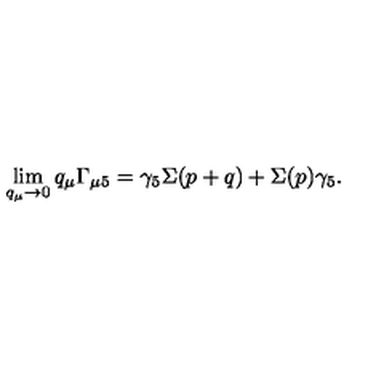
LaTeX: \lim _ { q _ { \mu } \rightarrow 0 } q _ { \mu } \Gamma _ { \mu 5 } = \gamma _ { 5 } \Sigma ( p + q ) + \Sigma ( p ) \gamma _ { 5 } .